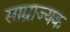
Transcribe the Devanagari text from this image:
साम्राज्यक